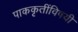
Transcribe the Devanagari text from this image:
पाककृतींविषयी